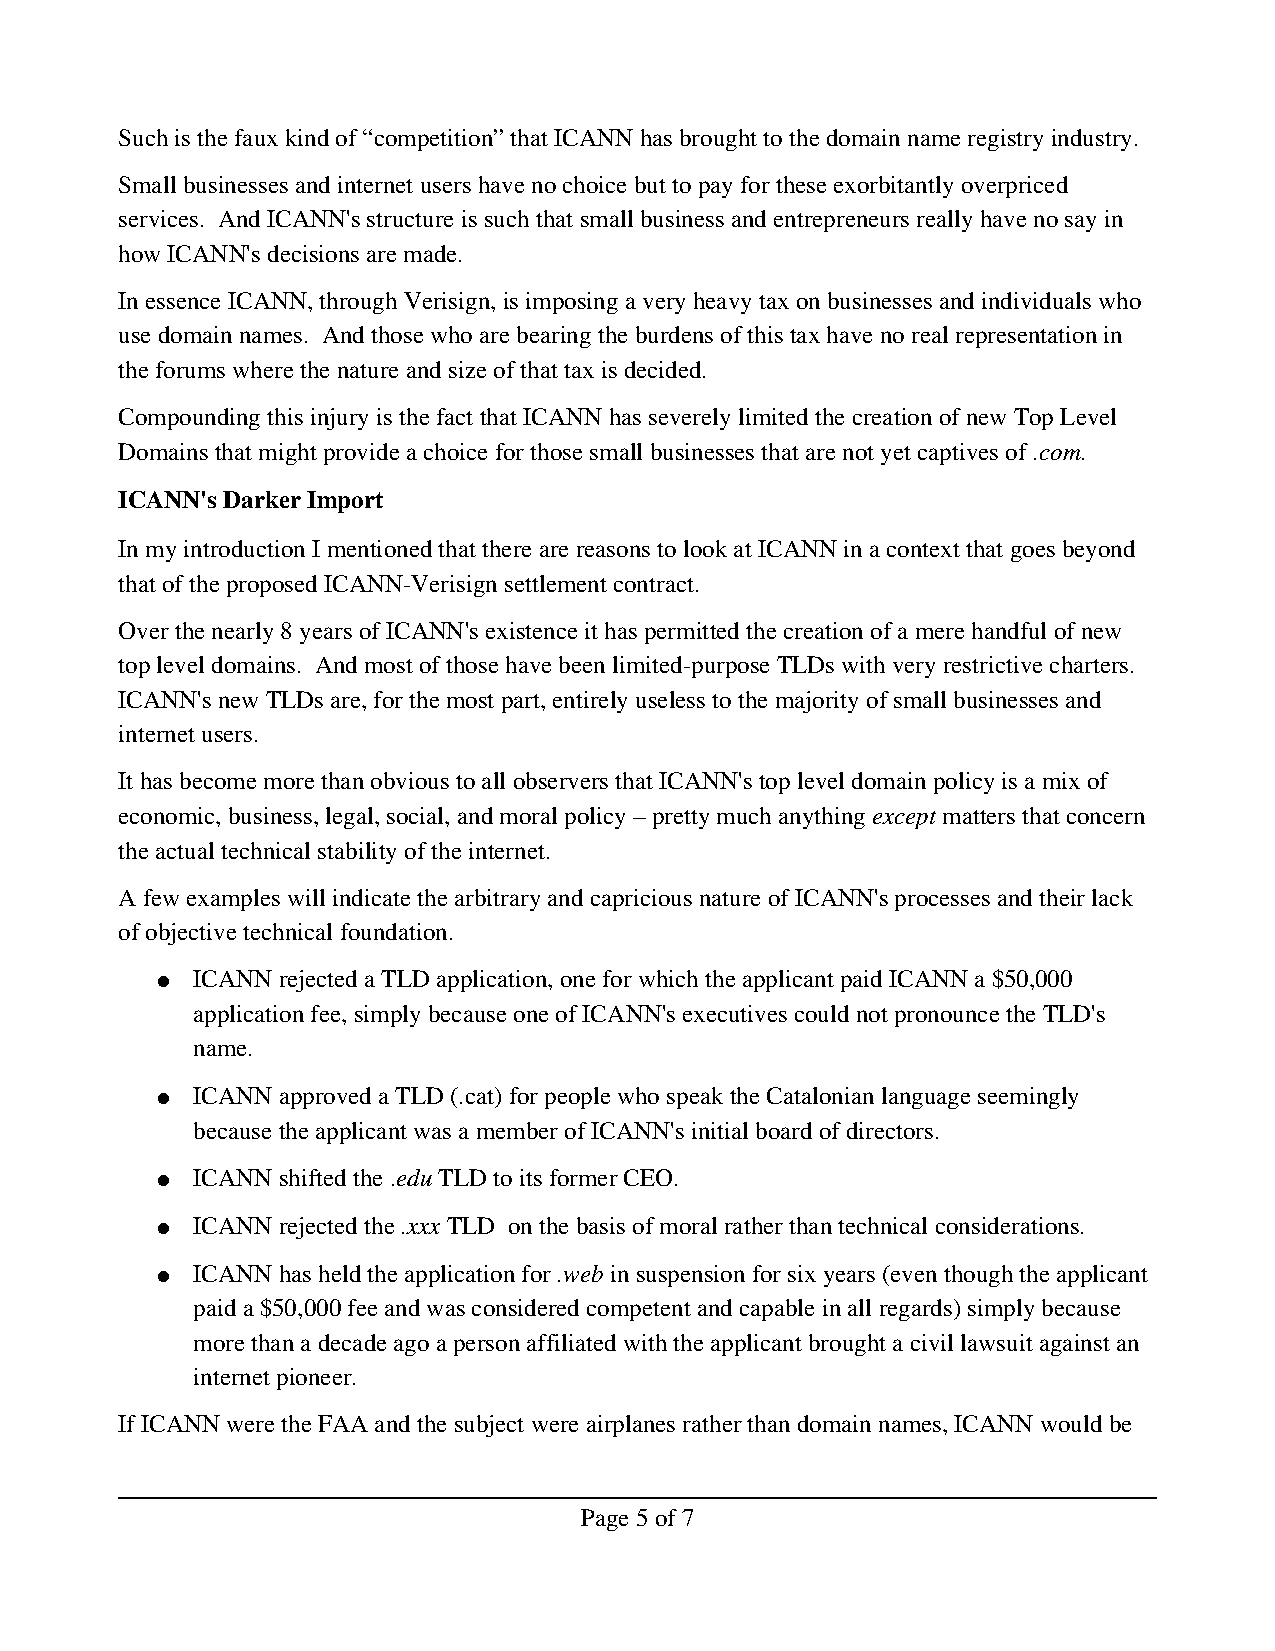
Such is the faux kind of “competition” that ICANN has brought to the domain name registry industry.
 Small businesses and internet users have no choice but to pay for these exorbitantly overpriced
 services. And ICANN's structure is such that small business and entrepreneurs really have no say in
 how ICANN's decisions are made.
 In essence ICANN, through Verisign, is imposing a very heavy tax on businesses and individuals who
 use domain names. And those who are bearing the burdens of this tax have no real representation in
 the forums where the nature and size of that tax is decided.
 Compounding this injury is the fact that ICANN has severely limited the creation of new Top Level
 Domains that might provide a choice for those small businesses that are not yet captives of .com.
 ICANN's Darker Import
 In my introduction I mentioned that there are reasons to look at ICANN in a context that goes beyond
 that of the proposed ICANN­Verisign settlement contract.
 Over the nearly 8 years of ICANN's existence it has permitted the creation of a mere handful of new
 top level domains. And most of those have been limited­purpose TLDs with very restrictive charters.
 ICANN's new TLDs are, for the most part, entirely useless to the majority of small businesses and
 internet users.
 It has become more than obvious to all observers that ICANN's top level domain policy is a mix of
 economic, business, legal, social, and moral policy – pretty much anything except matters that concern
 the actual technical stability of the internet.
 A few examples will indicate the arbitrary and capricious nature of ICANN's processes and their lack
 of objective technical foundation.
 ●  ICANN rejected a TLD application, one for which the applicant paid ICANN a $50,000
 application fee, simply because one of ICANN's executives could not pronounce the TLD's
 name.
 ●  ICANN approved a TLD (.cat) for people who speak the Catalonian language seemingly
 because the applicant was a member of ICANN's initial board of directors.
 ●  ICANN shifted the .edu TLD to its former CEO.
 ●  ICANN rejected the .xxx TLD on the basis of moral rather than technical considerations.
 ●  ICANN has held the application for .web in suspension for six years (even though the applicant
 paid a $50,000 fee and was considered competent and capable in all regards) simply because
 more than a decade ago a person affiliated with the applicant brought a civil lawsuit against an
 internet pioneer.
 If ICANN were the FAA and the subject were airplanes rather than domain names, ICANN would be
 Page 5 of 7